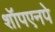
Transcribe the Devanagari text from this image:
शॉपएनपे